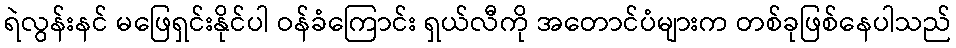
ရဲလွန်းနင် မဖြေရှင်းနိုင်ပါ ဝန်ခံကြောင်း ရှယ်လီကို အတောင်ပံများက တစ်ခုဖြစ်နေပါသည်